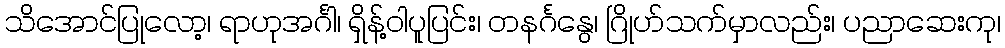
သိအောင်ပြုလော့၊ ရာဟုအင်္ဂါ၊ ရှိန့်ဝါပူပြင်း၊ တနင်္ဂနွေ၊ ဂြိုဟ်သက်မှာလည်း၊ ပညာဆေးကု၊